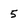
Character: 5